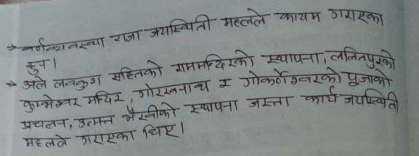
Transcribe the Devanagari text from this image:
वर्णान्वस्था राजा जयस्थिति महलले कायम गराएका
हुन्।
अले लकूश सहितको राममन्दिरको स्थापना, ललितपुरको
कुम्भेश्वर मन्दिर, गोरखनाच र गोकर्णेश्वरको पूजाको
प्रचलन, उन्मत्त भैसीको स्थापना जस्ता कार्य जयस्थिति
महलले गराएका थिए।